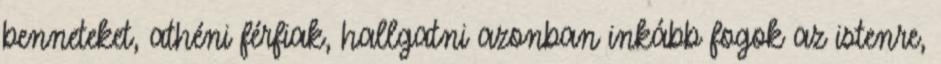
benneteket, athéni férfiak, hallgatni azonban inkább fogok az istenre,